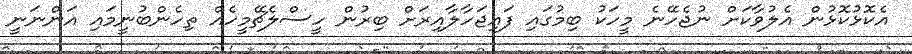
އެކޮޅުކޮޅުން އެލުވާކަށް ނުޖެހޭނެ މީހަކު ބިމުގައި ފައިޖަހާލާއިރަށް ބިރުން ހީސްލެޗޭމީހެއް ތިހެންބުނީމައި އަންނަނީ